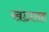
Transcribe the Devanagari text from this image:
खंडासह